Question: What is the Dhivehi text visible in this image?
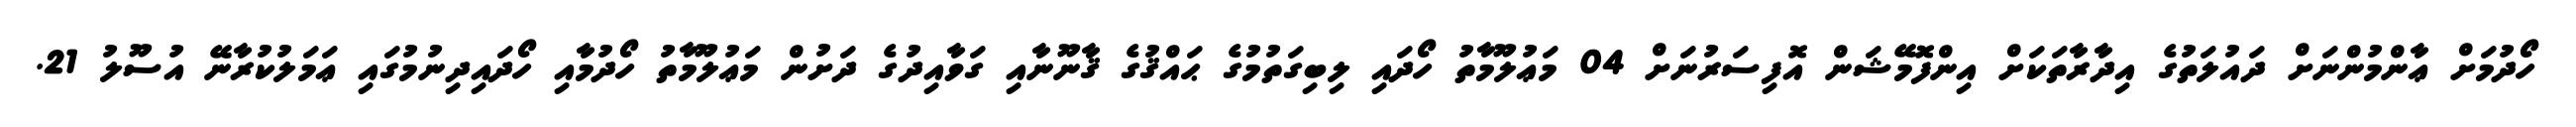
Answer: ހޯދުމަށް ޢާންމުންނަށް ދައުލަތުގެ އިދާރާތަކަށް އިންފޮމޭޝަން އޮފިސަރުނަށް 04 މަޢުލޫމާތު ހޯދައި ލިބިގަތުމުގެ ޙައްޤުގެ ޤާނޫނާއި ގަވާއިދުގެ ދަށުން މަޢުލޫމާތު ހޯދުމާއި ހޯދައިދިނުމުގައި ޢަމަލުކުރާނޭ އުސޫލު 21.